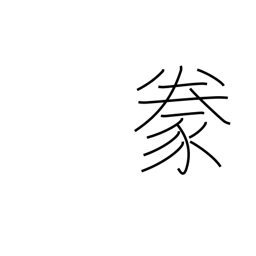
Meaning: raising domestic animals